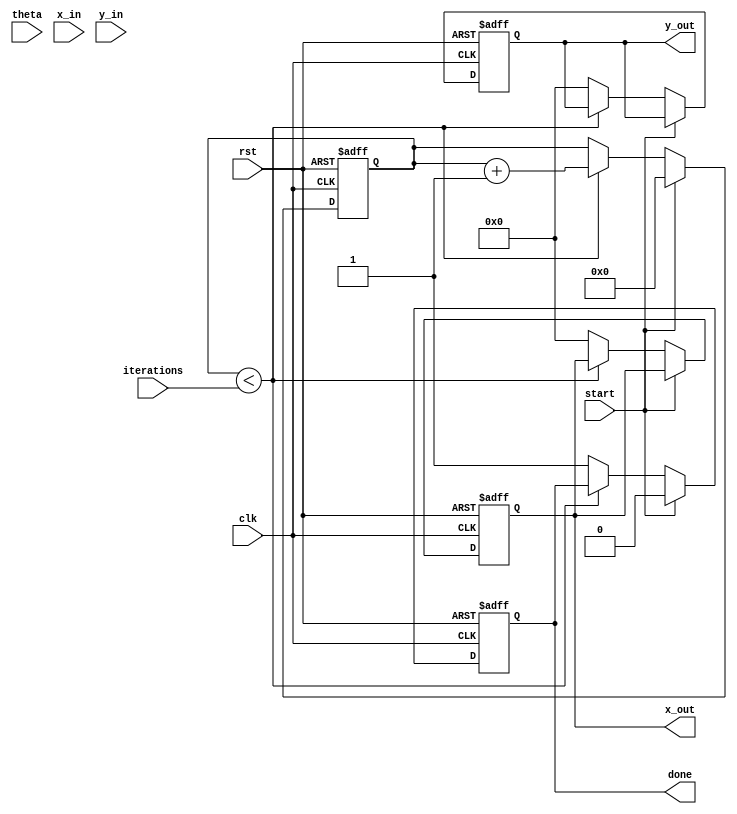
module modified_cordic (
    input wire clk,
    input wire rst,
    input wire start,
    input wire signed [15:0] theta, // Angle in radians (fixed-point)
    input wire signed [15:0] x_in,   // Initial X coordinate
    input wire signed [15:0] y_in,   // Initial Y coordinate
    input wire [3:0] iterations,      // Number of iterations (precision)
    output reg signed [15:0] x_out,   // Final X coordinate
    output reg signed [15:0] y_out,   // Final Y coordinate
    output reg done                   // Done signal
);

    // Parameter for scaling factor
    localparam scaling_factor = 16'h26DD; // Fixed-point scaling factor for CORDIC

    // Angle Lookup Table (arctan values for CORDIC)
    reg signed [15:0] atan_table [0:15];
    initial begin
        atan_table[0] = 16'h2000; // arctan(1) in fixed-point format
        atan_table[1] = 16'h1000; // arctan(0.5)
        atan_table[2] = 16'h0800; // arctan(0.25)
        atan_table[3] = 16'h0400; // arctan(0.125)
        // Fill in more values as necessary
    end

    // State variables
    reg [3:0] count;
    reg signed [15:0] x_reg, y_reg;
    reg signed [15:0] theta_reg;
    reg direction;

    always @(posedge clk or posedge rst) begin
        if (rst) begin
            x_out <= 0;
            y_out <= 0;
            count <= 0;
            done <= 0;
            x_reg <= 0;
            y_reg <= 0;
            theta_reg <= 0;
        end else if (start) begin
            // Initialize values
            x_reg <= x_in;
            y_reg <= y_in;
            theta_reg <= theta;
            count <= 0;
            done <= 0;
        end else if (count < iterations) begin
            // CORDIC rotation logic
            if (theta_reg < 0) begin
                direction <= 1; // clockwise
                theta_reg <= theta_reg + atan_table[count];
            end else begin
                direction <= 0; // counterclockwise
                theta_reg <= theta_reg - atan_table[count];
            end
            
            // Update X and Y based on rotation direction
            if (direction) begin
                // Clockwise rotation
                x_reg <= x_reg + (y_reg >>> count);
                y_reg <= y_reg - (x_reg >>> count);
            end else begin
                // Counterclockwise rotation
                x_reg <= x_reg - (y_reg >>> count);
                y_reg <= y_reg + (x_reg >>> count);
            end
            
            count <= count + 1;
        end else begin
            // Final scaling adjustment
            x_out <= x_reg * scaling_factor >>> 16; // Apply scaling
            y_out <= y_reg * scaling_factor >>> 16; // Apply scaling
            done <= 1; // Indicate completion
        end
    end
endmodule